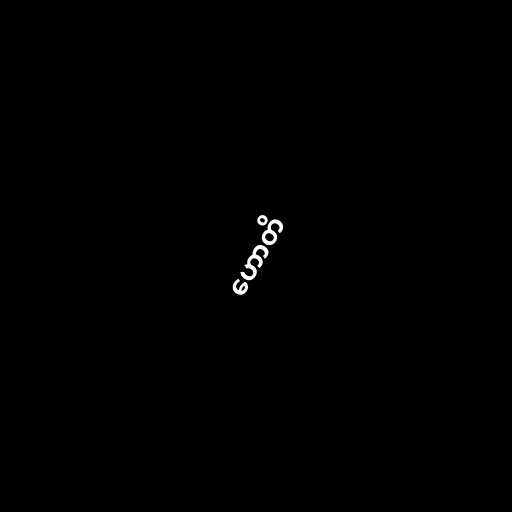
ဟောတိ